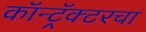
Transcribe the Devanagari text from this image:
कॉन्ट्रॅक्टरचा